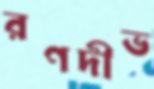
রণদীভ